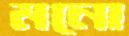
মনো